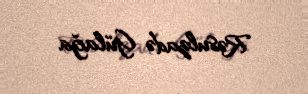
Rəsulzadə Gülağa